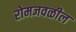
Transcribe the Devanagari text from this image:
रोमजवळील